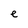
Character: e